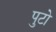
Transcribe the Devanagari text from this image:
पुटो